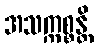
အသက္ကစ္စန္တိ